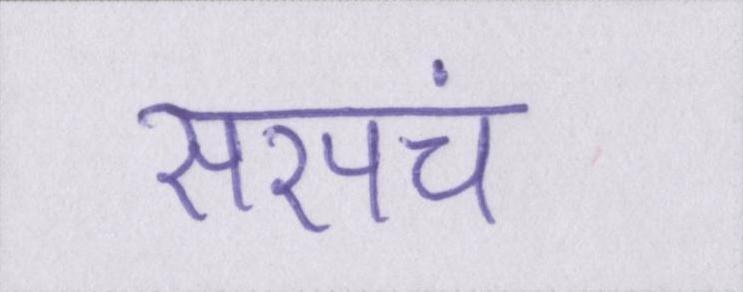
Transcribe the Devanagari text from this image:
सरपंच